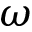
\omega